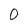
Character: 0